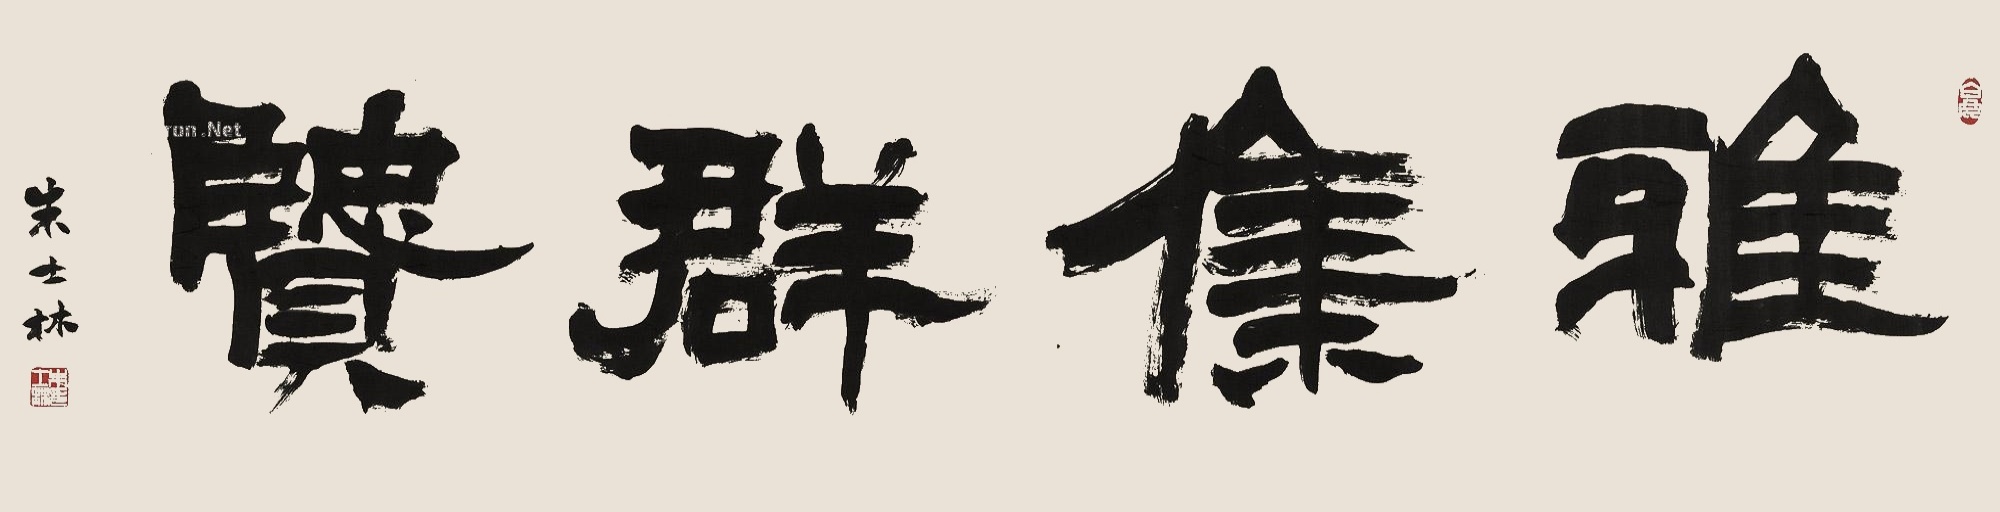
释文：雅集群贤。朱士林。